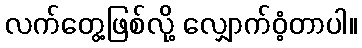
လက်တွေ့ဖြစ်လို့ လျှောက်ဝံ့တာပါ။